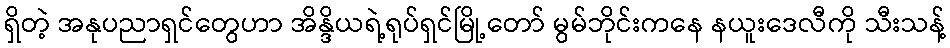
ရှိတဲ့ အနုပညာရှင်တွေဟာ အိန္ဒိယရဲ့ရုပ်ရှင်မြို့တော် မွမ်ဘိုင်းကနေ နယူးဒေလီကို သီးသန့်